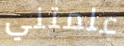
علمتني